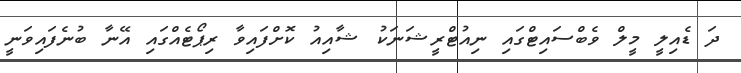
ދަ ޑެއިލީ މީލް ވެބްސައިޓްގައި ނިއުޓްރީޝަނަކު ޝާއިއު ކޮށްފައިވާ ރިޕޯޓެއްގައި އޭނާ ބުނެފައިވަނީ